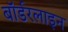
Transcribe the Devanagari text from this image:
बॉर्डरलाइन